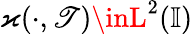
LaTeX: \varkappa(\cdot,\mathscr{T})\inL^{2}(\mathbb{{I}})